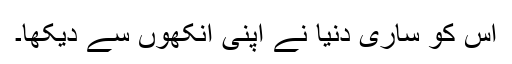
اس کو ساری دنیا نے اپنی آنکھوں سے دیکھا۔